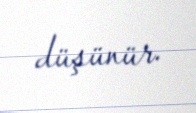
düşünür.